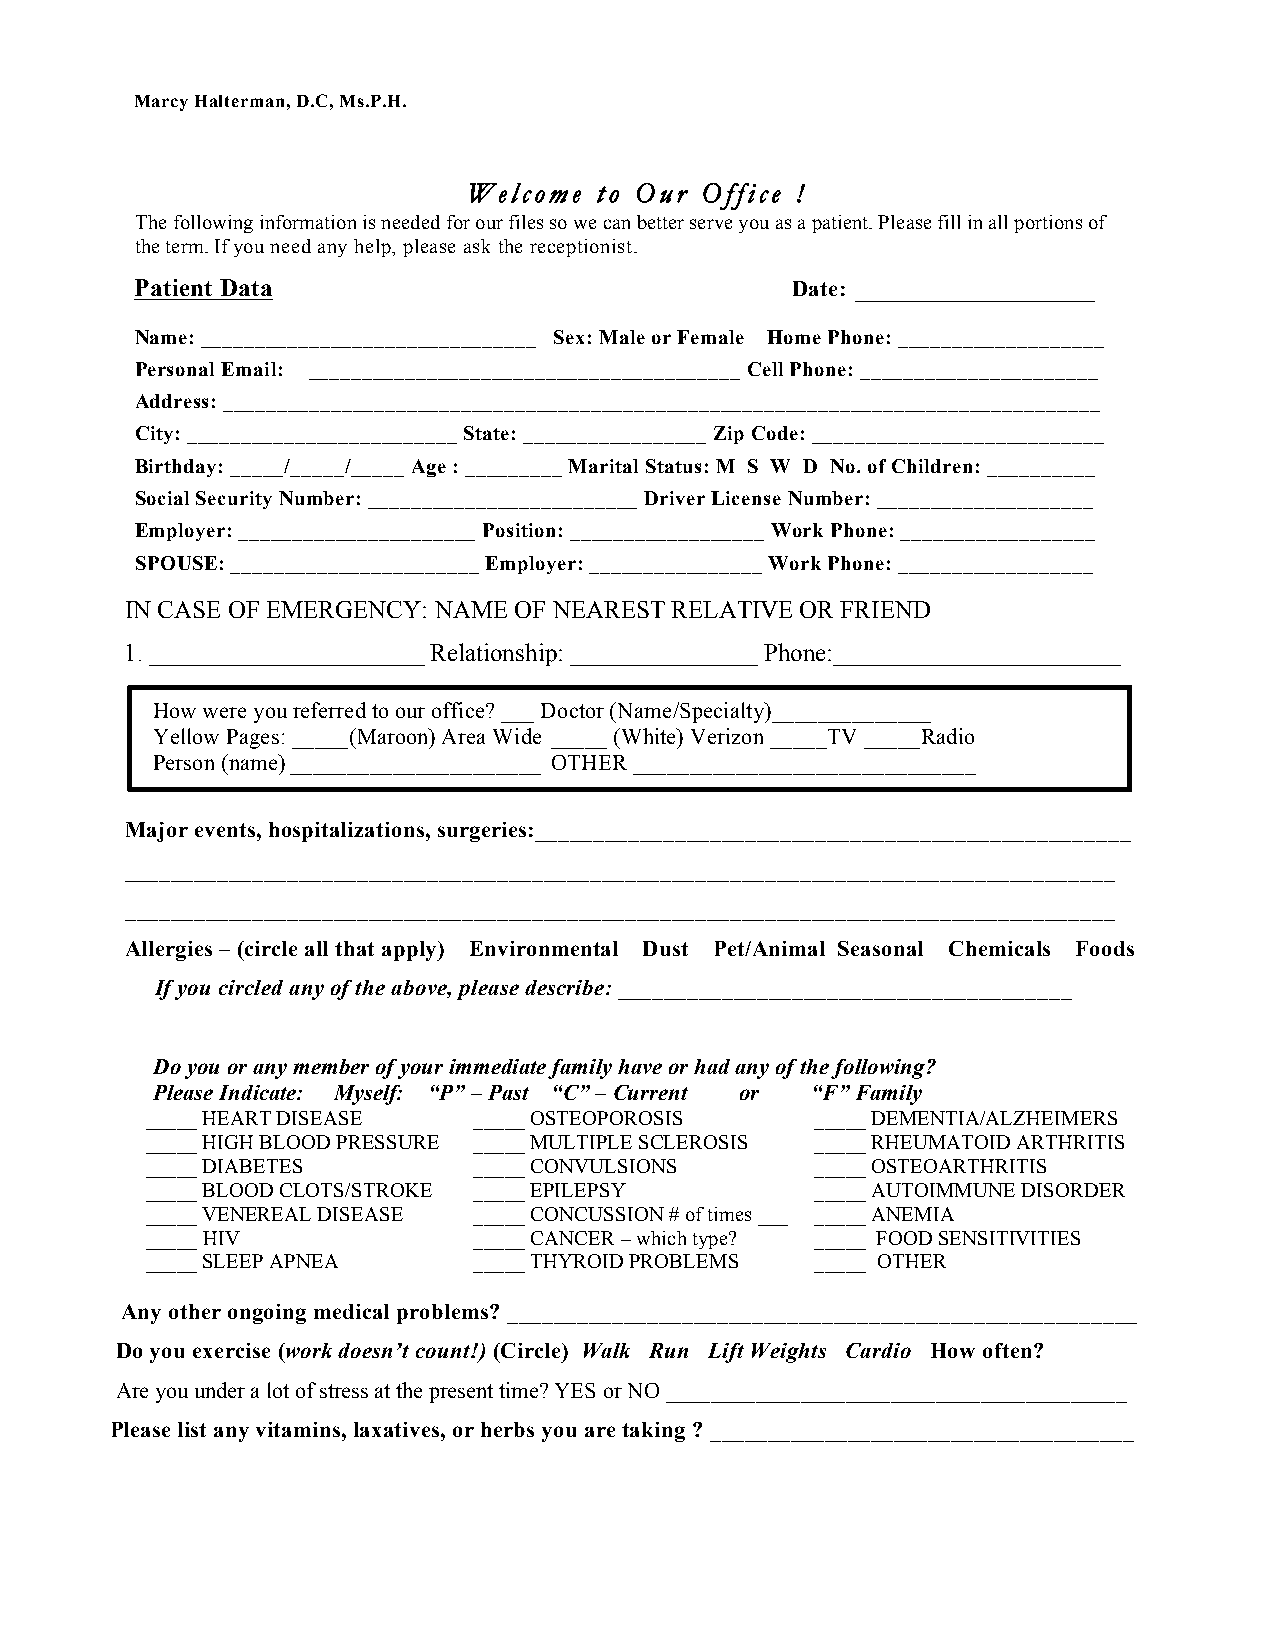
Marcy Halterman, D.C, Ms.P.H.
 WWeellccoommee ttoo OOuurr OOffffiiccee !!
 The following information is needed for our files so we can better serve you as a patient. Please fill in all portions of
 the term. If you need any help, please ask the receptionist.
 Patient Data                               Date: ________________
 Name: _______________________________ Sex: Male or Female Home Phone: ___________________
 Personal Email: ________________________________________ Cell Phone: ______________________
 Address: _________________________________________________________________________________
 City: _________________________ State: _________________ Zip Code: ___________________________
 Birthday: _____/_____/_____ Age : _________ Marital Status: M S W D No. of Children: __________
 Social Security Number: _________________________ Driver License Number: ____________________
 Employer: ______________________ Position: __________________ Work Phone: __________________
 SPOUSE: _______________________ Employer: ________________ Work Phone: __________________
 IN CASE OF EMERGENCY: NAME OF NEAREST RELATIVE OR FRIEND
 1. ______________________ Relationship: _______________ Phone:_______________________
 How were you referred to our office? ___ Doctor (Name/Specialty)______________
 Yellow Pages: _____(Maroon) Area Wide _____ (White) Verizon _____TV _____Radio
 Person (name) ______________________ OTHER ______________________________
 Major events, hospitalizations, surgeries:___________________________________________________
 _____________________________________________________________________________________
 _____________________________________________________________________________________
 Allergies – (circle all that apply) Environmental Dust Pet/Animal Seasonal Chemicals Foods
 If you circled any of the above, please describe: _______________________________________
 Do you or any member of your immediate family have or had any of the following?
 Please Indicate: Myself: “P” – Past “C” – Current or “F” Family
 _____ HEART DISEASE  _____ OSTEOPOROSIS     _____ DEMENTIA/ALZHEIMERS
 _____ HIGH BLOOD PRESSURE _____ MULTIPLE SCLEROSIS _____ RHEUMATOID ARTHRITIS
 _____ DIABETES       _____ CONVULSIONS      _____ OSTEOARTHRITIS
 _____ BLOOD CLOTS/STROKE _____ EPILEPSY     _____ AUTOIMMUNE DISORDER
 _____ VENEREAL DISEASE _____ CONCUSSION # of times ___ _____ ANEMIA
 _____ HIV            _____ CANCER – which type? _____ FOOD SENSITIVITIES
 _____ SLEEP APNEA    _____ THYROID PROBLEMS _____ OTHER
 Any other ongoing medical problems? ______________________________________________________
 Do you exercise (work doesn’t count!) (Circle) Walk Run Lift Weights Cardio How often?
 Are you under a lot of stress at the present time? YES or NO _________________________________________
 Please list any vitamins, laxatives, or herbs you are taking ? _____________________________________